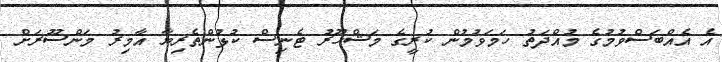
އެ އެއްބަސްވުމުގެ މުއްދަތު ހަމަވުމުން ކުރީގެ މަޝްހޫރު ޓެނިސް ކުޅުންތެރިޔާ އާމިރު މަންސޫރަށް